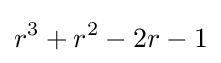
r^{3}+r^{2}-2r-1